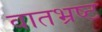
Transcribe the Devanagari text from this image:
वातभ्रष्ट